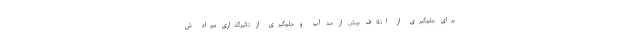
برای جلوگیری از اتلاف بیش از حد آب و جلوگیری از تاثیرگذاری مواد ش